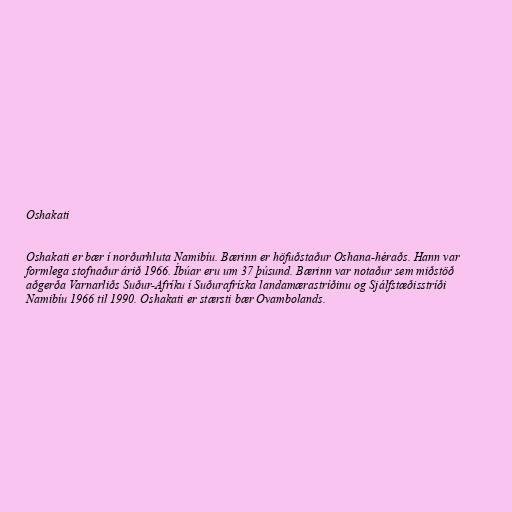
Oshakati

Oshakati er bær í norðurhluta Namibíu. Bærinn er höfuðstaður Oshana-héraðs. Hann var
formlega stofnaður árið 1966. Íbúar eru um 37 þúsund. Bærinn var notaður sem miðstöð
aðgerða Varnarliðs Suður-Afríku í Suðurafríska landamærastríðinu og Sjálfstæðisstríði
Namibíu 1966 til 1990. Oshakati er stærsti bær Ovambolands.